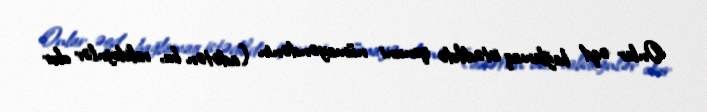
Onlar əqd bağlamaq istədikdə qanuni nümayəndənin (adətən bu, valideynlər olur